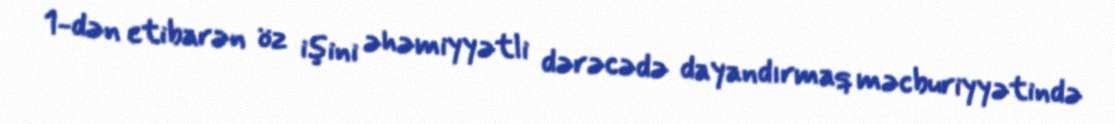
1-dən etibarən öz işini əhəmiyyətli dərəcədə dayandırmaq məcburiyyətində